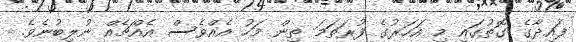
ފައިދާގެ ގޮތުގައި މި އަހަރުގެ ފުރަތަމަ ތިން މަހު އެއްވެސް އެއްޗެއް ނުލިބުނެވެ.